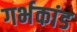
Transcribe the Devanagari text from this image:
गर्भकांड